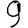
Digit: 9